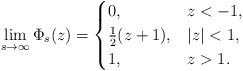
LaTeX: \begin{align*}\lim_{s\to\infty}\Phi_s(z)=\begin{cases}0, & z<-1, \\\frac{1}{2}(z+1), & |z|<1,\\1, &z>1.\end{cases}\end{align*}